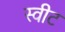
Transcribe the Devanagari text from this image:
स्‍वीट